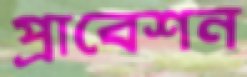
প্রাবেশন